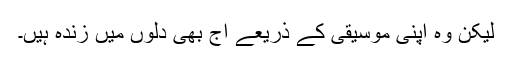
لیکن وہ اپنی موسیقی کے ذریعے آج بھی دلوں میں زندہ ہیں۔